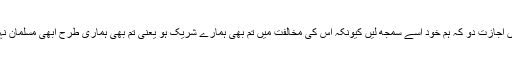
ورنہ ہمیں اجازت دو کہ ہم خود اسے سمجھ لیں کیونکہ اس کی مخالفت میں تم بھی ہمارے شریک ہو یعنی تم بھی ہماری طرح ابھی مسلمان نہیں ہوئے۔